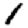
Digit: 1